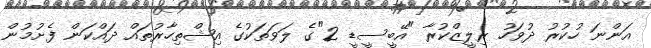
އަންނަ ހުކުރު ދުވަހު ރިލީޒްކުރާ "އޭބީސީޑީ 2"ގެ ލަވަތަކުގެ އިޝްތިހާރުތައް ދައްކަން ފެށުމުން